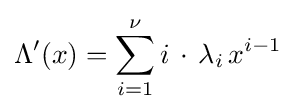
\Lambda '(x)=\sum _{i=1}^{\nu }i\,\cdot \,\lambda _{i}\,x^{i-1}